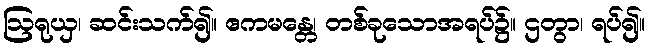
ဩရုယှ၊ ဆင်းသက်၍။ ဧကမန္တေ၊ တစ်ခုသောအရပ်၌။ ဌတွာ၊ ရပ်၍။